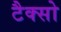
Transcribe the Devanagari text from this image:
टैक्सो